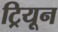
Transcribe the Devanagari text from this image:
ट्रियून